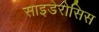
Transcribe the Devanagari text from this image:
साइडेरोसिस